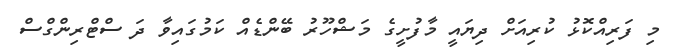
މި ފަރިއްކޮޅު ކުރިއަށް ދިޔައީ މާފުށީގެ މަޝްހޫރު ބޭންޑެއް ކަމުގައިވާ ދަ ސްޓްރިންގްސް